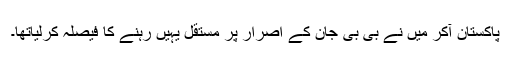
پاکستان آکر میں نے بی بی جان کے اصرار پر مستقل یہیں رہنے کا فیصلہ کرلیاتھا۔